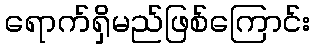
ရောက်ရှိမည်ဖြစ်ကြောင်း